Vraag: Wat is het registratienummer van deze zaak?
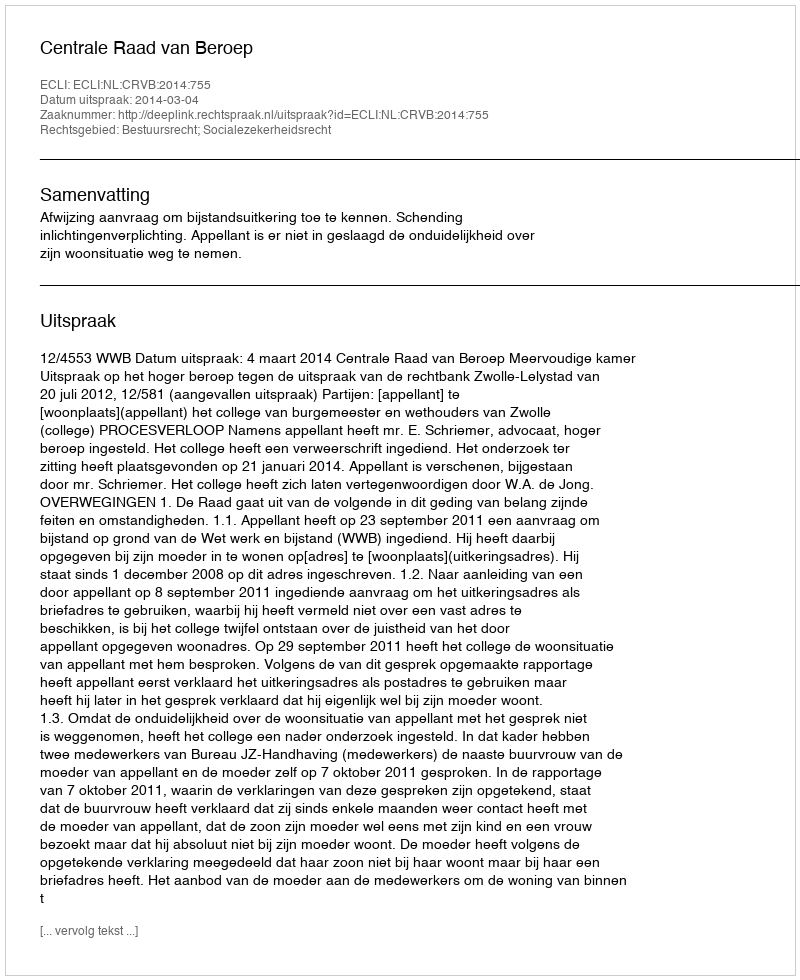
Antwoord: http://deeplink.rechtspraak.nl/uitspraak?id=ECLI:NL:CRVB:2014:755